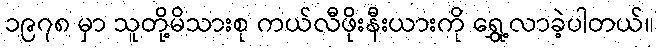
၁၉၇၈ မှာ သူတို့မိသားစု ကယ်လီဖိုးနီးယားကို ရွှေ့လာခဲ့ပါတယ်။